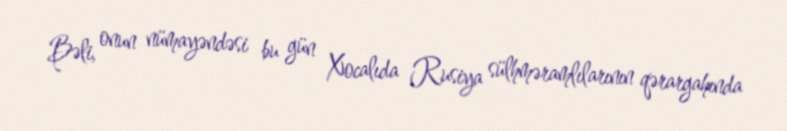
Bəli, onun nümayəndəsi bu gün Xocalıda Rusiya sülhməramlılarının qərargahında